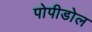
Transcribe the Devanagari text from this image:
पोपीडोल